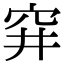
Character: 穽